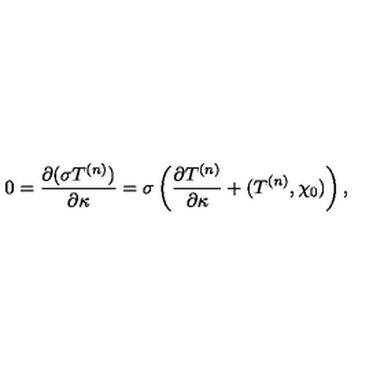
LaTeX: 0 = { \frac { \partial ( \sigma T ^ { ( n ) } ) } { \partial \kappa } } = \sigma \left( { \frac { \partial T ^ { ( n ) } } { \partial \kappa } } + ( T ^ { ( n ) } , \chi _ { 0 } ) \right) ,